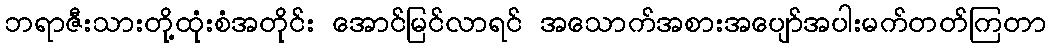
ဘရာဇီးသားတို့ထုံးစံအတိုင်း အောင်မြင်လာရင် အသောက်အစားအပျော်အပါးမက်တတ်ကြတာ